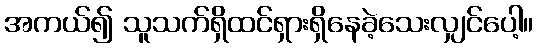
အကယ်၍ သူသက်ရှိထင်ရှားရှိနေခဲ့သေးလျှင်ပေါ့။